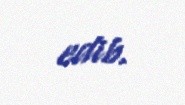
edib.